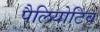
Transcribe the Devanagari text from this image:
पैलियोटिव